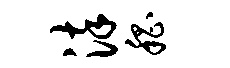
染嵇